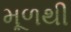
મૂળથી